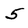
Character: 5